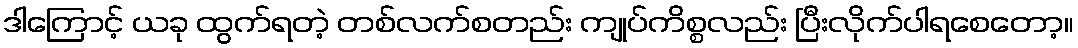
ဒါကြောင့် ယခု ထွက်ရတဲ့ တစ်လက်စတည်း ကျုပ်ကိစ္စလည်း ပြီးလိုက်ပါရစေတော့။